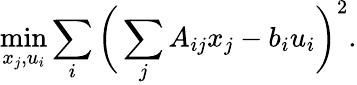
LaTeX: \operatorname*{min}_{x_{j},u_{i}}\sum_{i}\bigg(\sum_{j}A_{ij}x_{j}-b_{i}u_{i}\bigg)^{2}.